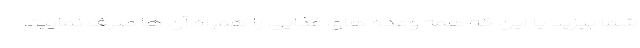
شما بپزید یا این که همه وعده های غذایی را همراه آن ها صرف نمایید.